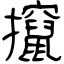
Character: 攛